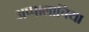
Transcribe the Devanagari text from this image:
अप्पालाचिया